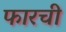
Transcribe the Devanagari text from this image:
फारची